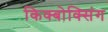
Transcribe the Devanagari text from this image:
किक्बोक्सिंग